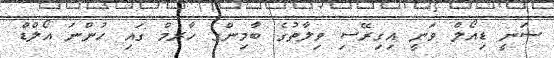
ސަނީ ޑިއޯލް ވަނީ އިގިރޭސި ވިލާތުގެ ބާމިންގ ހާރމް ގައި ހުންނަ އޯލްޑް